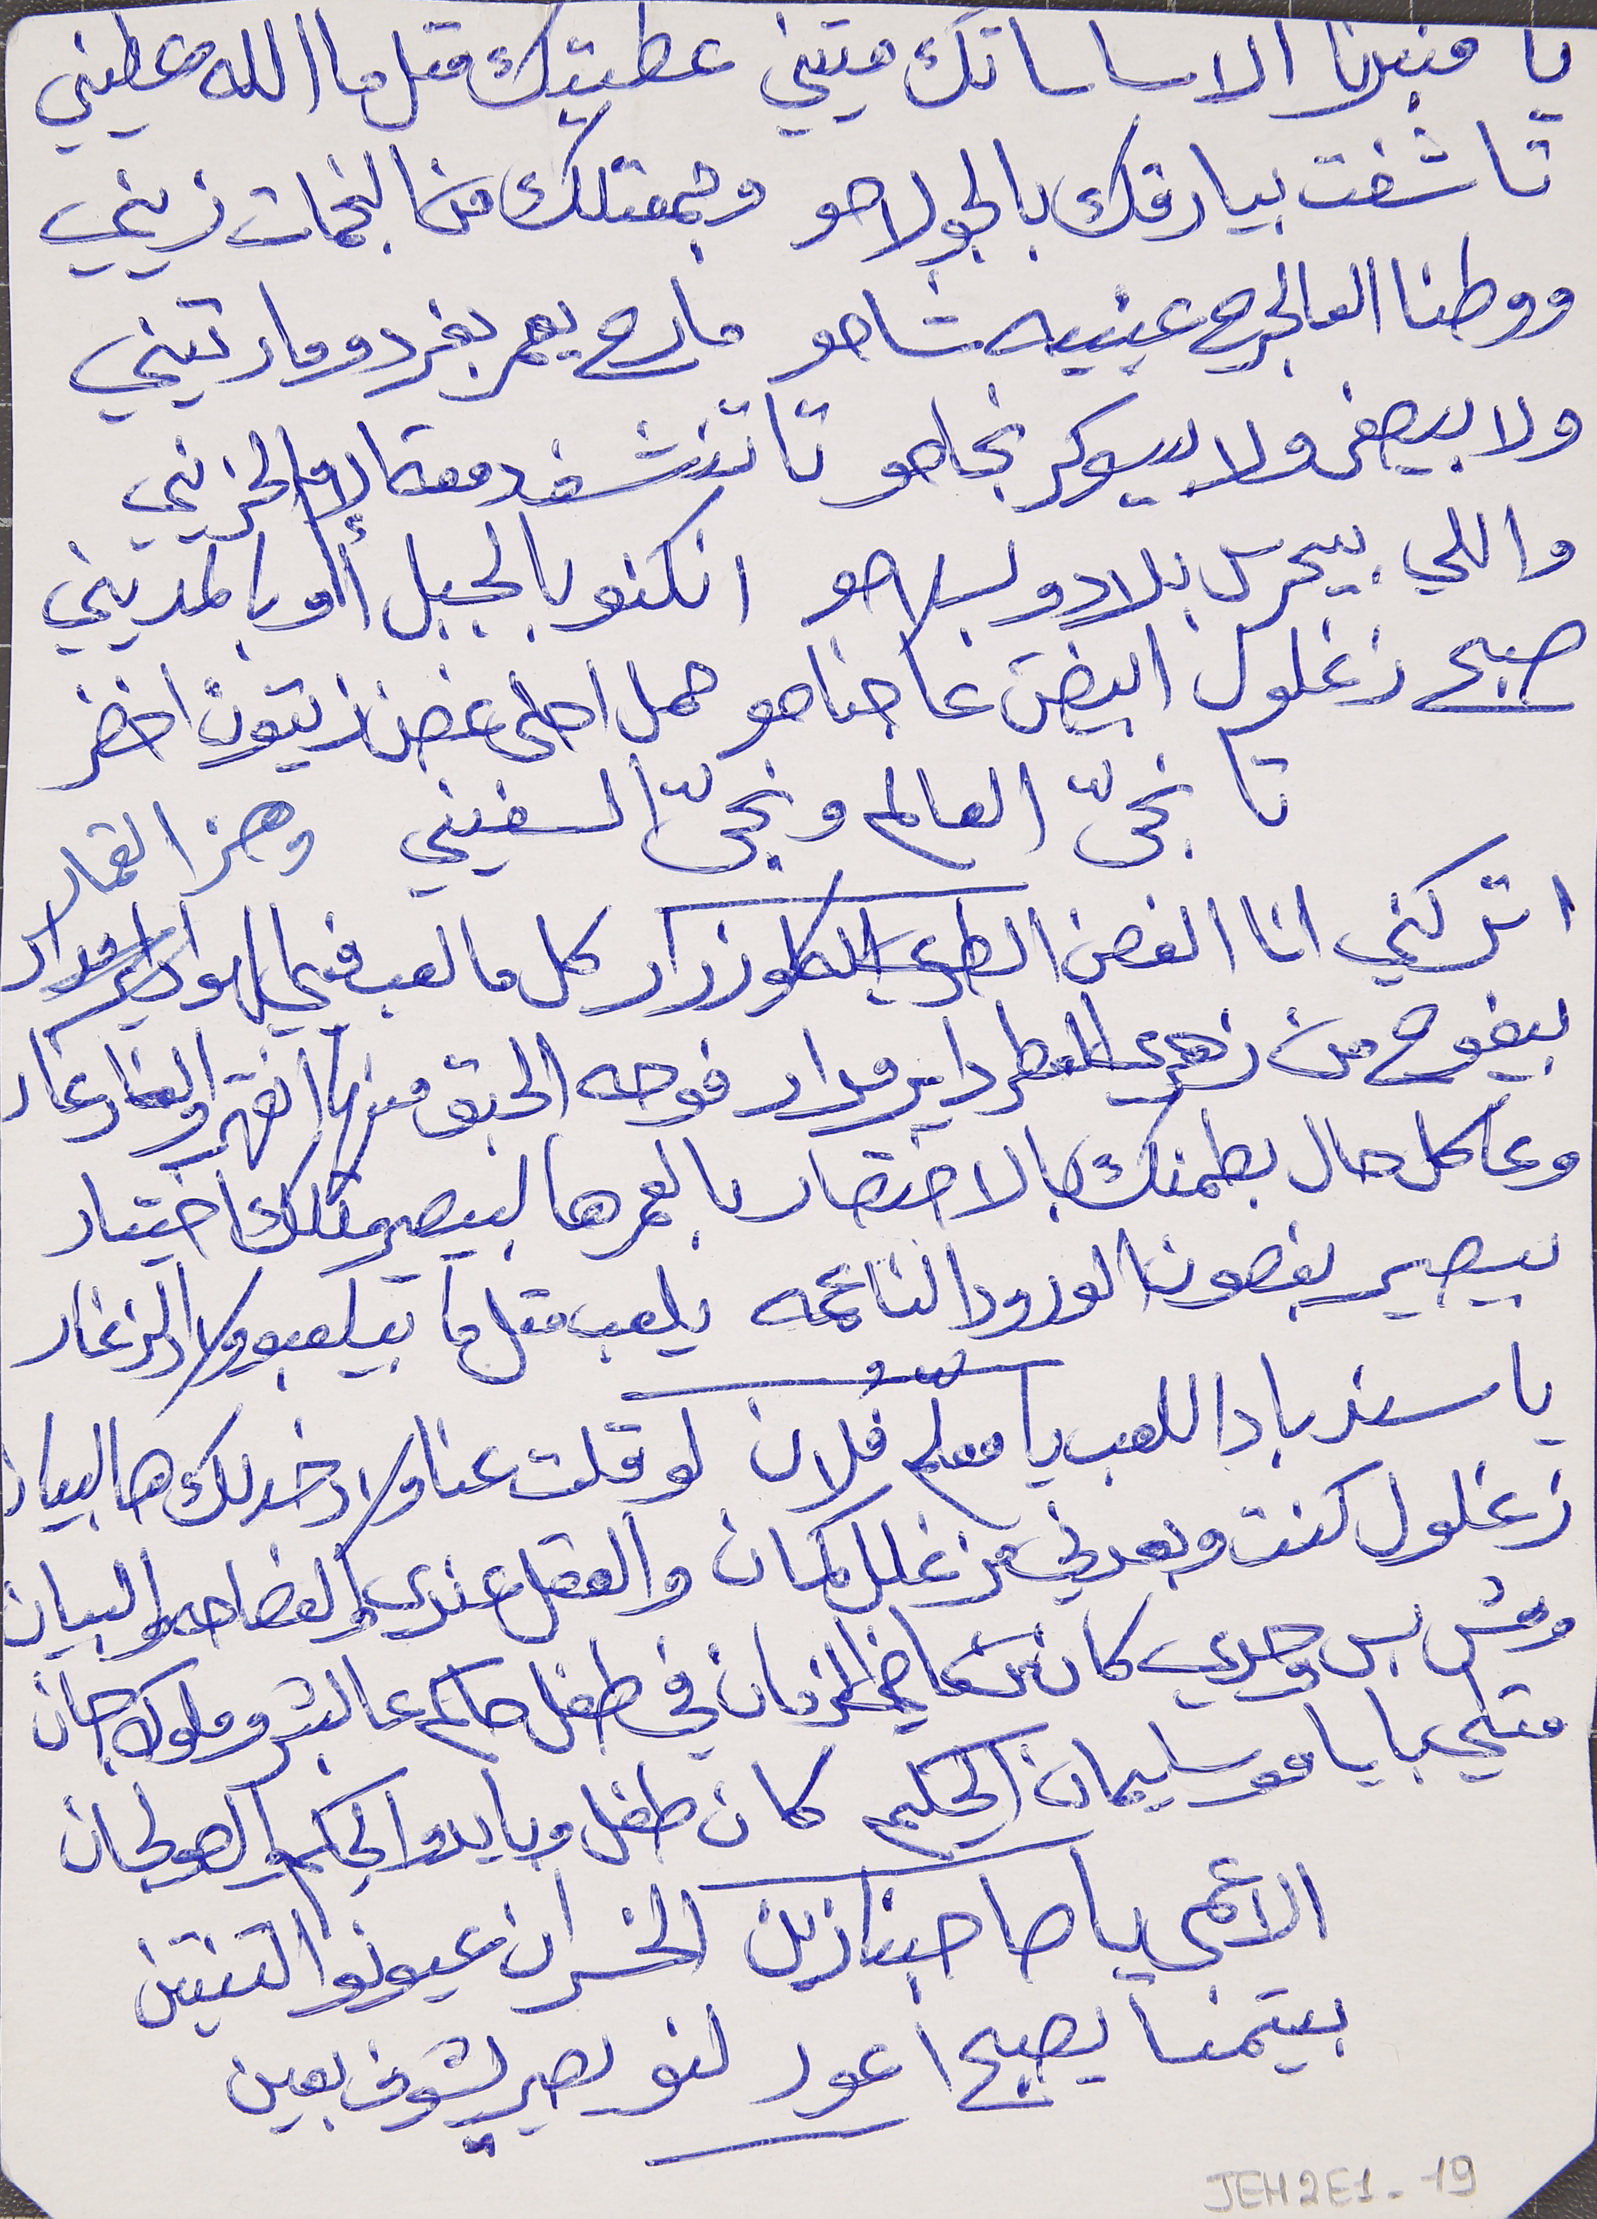
يا منبرنا الاساساتك متيني    عطيتك متل ما الله عطيني
 تاشفت بيارقك بالجو لاحو     وجمعتلك من النجمات زيني
ووطنا العالجرح عينيه شاحو     مارح يعمر بفردو مارتيني
ولا بيصفى ولا بيسوكر نجاحو     تا تنشف دمعة الإم الحزيني
واللي بيحرس بلادو بسلاحو     انكنو بالجبل أو بالمديني
صبح زغلول ابيضَ عا جناحو     حمل احلى غصن زيتون اخضر
تا نجّى العالم ونجّى السفيني
 اتركني انا الغصن الطري الكلو زرار      كل ما لعب فيي الهوا وهز القمار
بيفوح من زهري العطر داير مدار      فوحه الحبق منها انقهر والغار غار
وعاكل حال بطمنك بالاختصار      بالعمر هالبيصير متلك اختيار
بيصير بغصون الورود الناعمه      يلعب متل ما بيلعبو ولاد الزغار
يا سندباد اللعب يا معلّم فُلان      لو قلت عنا ولاد خدلك هالبيان
زغلول كنت وبعدني مزغلل كمان      والعقل عندي والفصاحه والبيان
 ومش بس وحدي كان من ماضي الزمان      في طفل حاكم عالبشر وملوك جان
 متلي بايامو سليمان الحكيم      كان طفل وبايدو الحِكم والصولجان
الاعمى يا صاحبنا زين      الخسران عيونو التنتين
بيتمنا يصبح أعور     لنو يصير يشوف بعين
JEH2E1-19